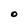
Character: O